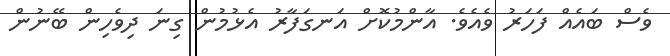
ވެސް ބައެއް ފަހަރު ވެއެވެ. އާންމުކޮށް އަނގަފާރު އެޅުމުން ގިނަ ދިވެހިން ބޭނުން